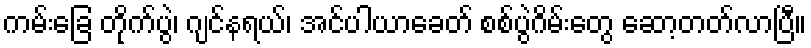
ကမ်းခြေ တိုက်ပွဲ၊ ဂျင်နရယ်၊ အင်ပါယာခေတ် စစ်ပွဲဂိမ်းတွေ ဆော့တတ်လာပြီ။